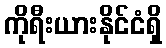
ကိုရီးယားနိုင်ငံရှိ